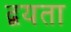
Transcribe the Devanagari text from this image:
द्वयता